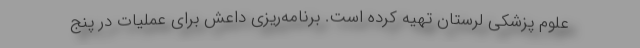
علوم پزشکی لرستان تهیه کرده است. برنامه‌ریزی داعش برای عملیات در پنج